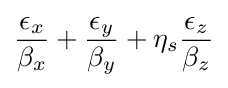
{\frac {\epsilon _{x}}{\beta _{x}}}+{\frac {\epsilon _{y}}{\beta _{y}}}+\eta _{s}{\frac {\epsilon _{z}}{\beta _{z}}}